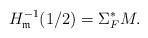
LaTeX: \begin{align*}H_\mathfrak{m}^{-1}(1/2)=\Sigma_F^*M. \end{align*}